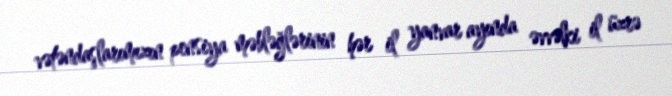
vətəndaşlarımızın pensiya məbləğlərinin hər il yanvar ayında əvvəlki il üzrə